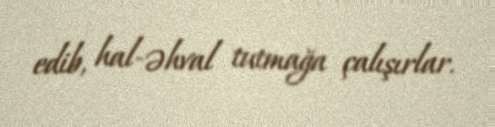
edib, hal-əhval tutmağa çalışırlar.